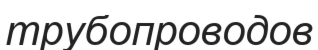
трубопроводов